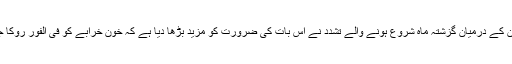
فریقین کے درمیان گزشتہ ماہ شروع ہونے والے تشدد نے اس بات کی ضرورت کو مزید بڑھا دیا ہے کہ خون خرابے کو فی الفور روکا جائے۔